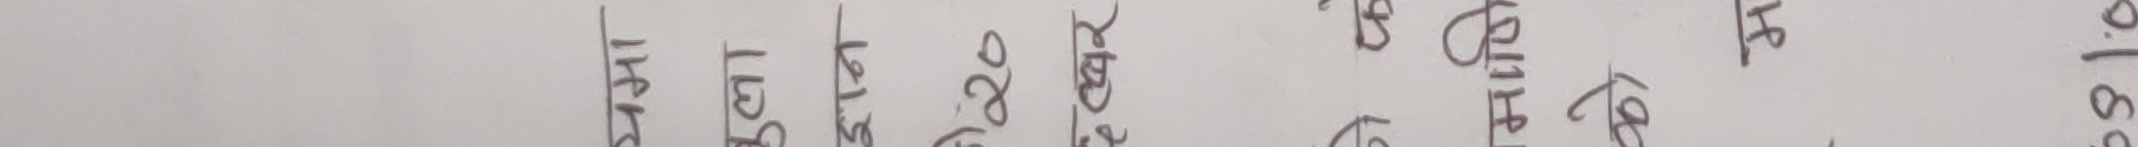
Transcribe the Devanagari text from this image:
माघ १९ ३१ पुस १२ अग २० मा पा ता ३१ ०.१९०